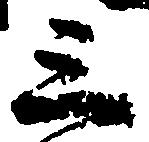
三